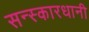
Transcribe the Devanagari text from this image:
सन्स्कारधानी